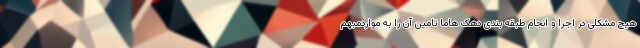
هیچ مشکلی در اجرا و انجام طبقه بندی دهک هاما تامین آن را به مواردمبهم